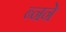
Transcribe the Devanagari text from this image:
ब्नने